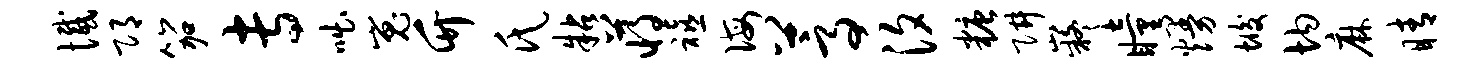
憾邛笳专咄嵬竹氏粘蒋禧诲蒿汐糖阱嶷瞳熳垢均麻睛